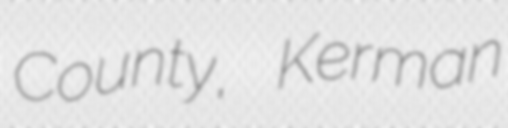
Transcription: County, Kerman